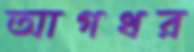
আগধর